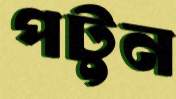
পটুন